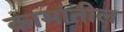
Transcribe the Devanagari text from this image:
कामांतील